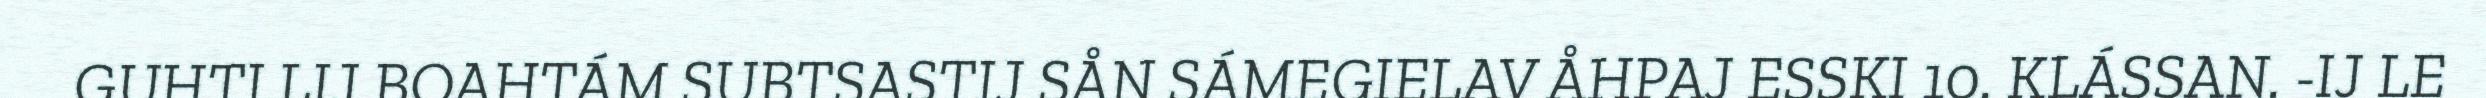
GUHTI LIJ BOAHTÁM SUBTSASTIJ SÅN SÁMEGIELAV ÅHPAJ ESSKI 10. KLÁSSAN. -IJ LE